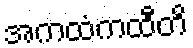
အကထံကထီတိ